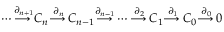
\dotsb { \overset { \partial _ { n + 1 } } { \longrightarrow \, } } C _ { n } { \overset { \partial _ { n } } { \longrightarrow \, } } C _ { n - 1 } { \overset { \partial _ { n - 1 } } { \longrightarrow \, } } \dotsb { \overset { \partial _ { 2 } } { \longrightarrow \, } } C _ { 1 } { \overset { \partial _ { 1 } } { \longrightarrow \, } } C _ { 0 } { \overset { \partial _ { 0 } } { \longrightarrow \, } } 0